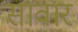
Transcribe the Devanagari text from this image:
सावार